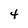
Character: 4